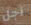
أجل